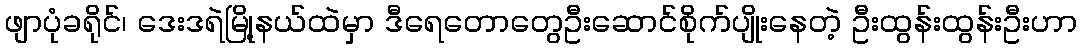
ဖျာပုံခရိုင်၊ ဒေးဒရဲမြို့နယ်ထဲမှာ ဒီရေတောတွေဦးဆောင်စိုက်ပျိုးနေတဲ့ ဦးထွန်းထွန်းဦးဟာ